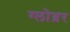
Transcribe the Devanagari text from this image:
ग्लोब्रर